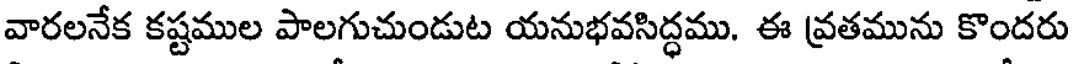
వారలనేక కష్టముల పాలగుచుండుట యనుభవసిద్ధము. ఈ వ్రతమును కొందరు